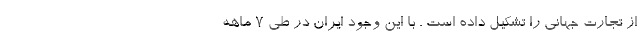
از تجارت جهانی را تشکیل داده است . با این وجود ایران در طی 7 ماهه